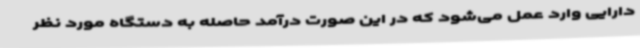
دارایی وارد عمل می‌شود که در این صورت درآمد حاصله به دستگاه مورد نظر